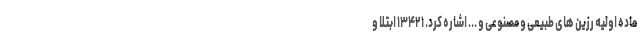
ماده اولیه رزین های طبیعی و مصنوعی و ... اشاره کرد. ۱۳۴۲۱ ابتلا و